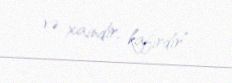
və xaindir, kafirdir”.